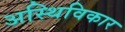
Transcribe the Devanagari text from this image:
अस्थिविकार